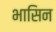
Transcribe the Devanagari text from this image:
भासिन